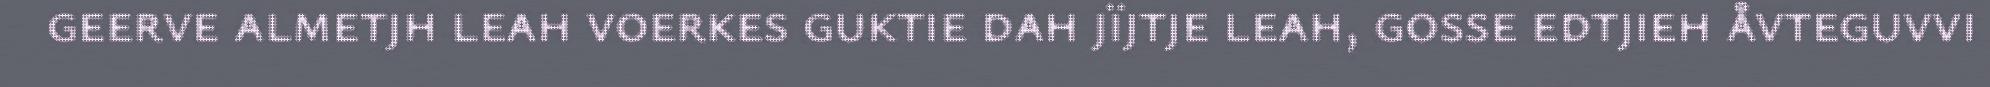
geerve almetjh leah voerkes guktie dah jïjtje leah, gosse edtjieh åvteguvvi